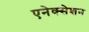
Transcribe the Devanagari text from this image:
एनेक्सेशन